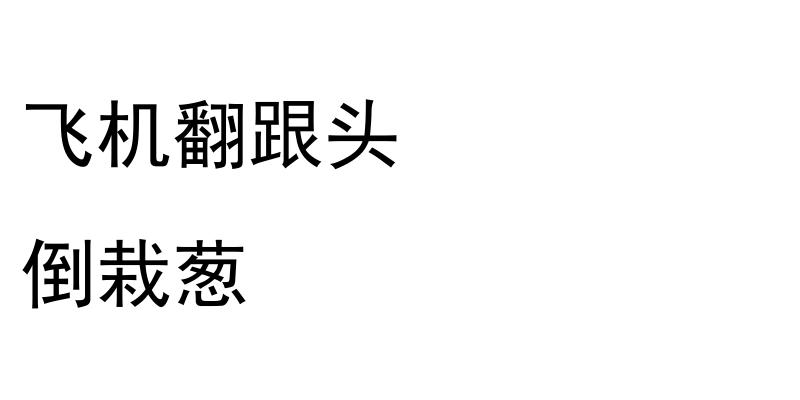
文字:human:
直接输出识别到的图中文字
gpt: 飞机翻跟头 倒栽葱